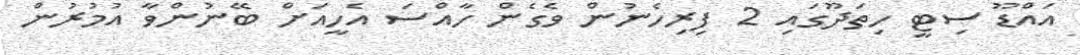
އައްޑޫ ސިޓީ ހިތަދޫގައި 2 ފިރިހެނުން ވެގެން ހާއްސަ އެހީއަށް ބޭނުންވާ އުމުރުން